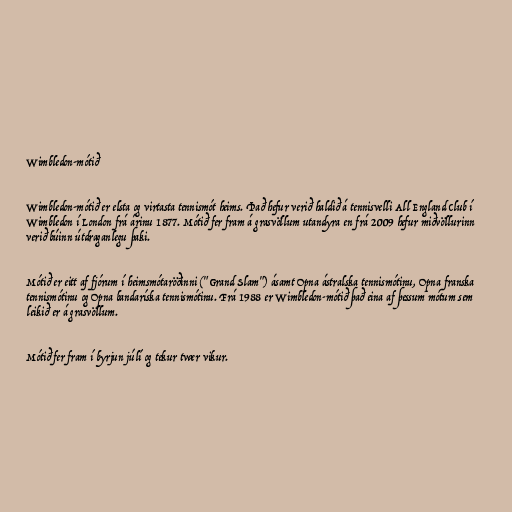
Wimbledon-mótið

Wimbledon-mótið er elsta og virtasta tennismót heims. Það hefur verið haldið á tennisvelli All England Club í
Wimbledon í London frá árinu 1877. Mótið fer fram á grasvöllum utandyra en frá 2009 hefur miðvöllurinn
verið búinn útdraganlegu þaki.

Mótið er eitt af fjórum í heimsmótaröðinni ("Grand Slam") ásamt Opna ástralska tennismótinu, Opna franska
tennismótinu og Opna bandaríska tennismótinu. Frá 1988 er Wimbledon-mótið það eina af þessum mótum sem
leikið er á grasvöllum.

Mótið fer fram í byrjun júlí og tekur tvær vikur.